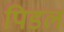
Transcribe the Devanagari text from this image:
पिडल